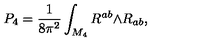
P _ { 4 } = \frac { 1 } { 8 \pi ^ { 2 } } \int _ { M _ { 4 } } R ^ { a b } { \mathrm { \tiny \wedge } } R _ { a b } ,